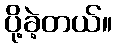
ပို့ခဲ့တယ်။